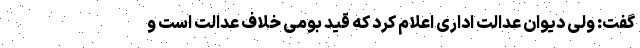
گفت: ولی دیوان عدالت اداری اعلام کرد که قید بومی خلاف عدالت است و